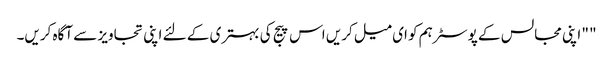
" " اپنی مجالس کے پوسٹر ہم کو ای میل کریں اس پیج کی بہتری کے لئے اپنی تجاویز سے آگاہ کریں۔